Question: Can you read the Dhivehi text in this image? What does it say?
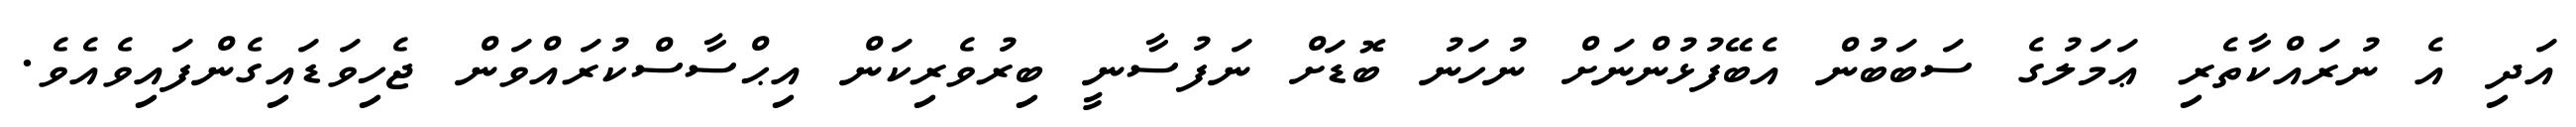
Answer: އަދި އެ ނުރައްކާތެރި ޢަމަލުގެ ސަބަބުން އެބޭފުޅުންނަށް ނުހަނު ބޮޑަށް ނަފުސާނީ ބިރުވެރިކަން އިޙްސާސްކުރައްވަން ޖެހިވަޑައިގެންފައިވެއެވެ.